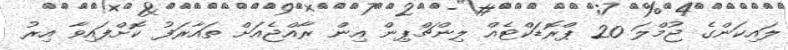
ލައިކަންގެ ޖުމްލަ 20 ޕްރޮޑަކްޓެއް ލިންޗްޕިން އިން ރާއްޖެއަށް ތައާރަފު ކޮށްފައިވާ އިރު